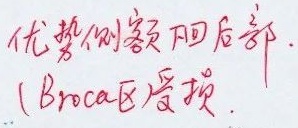
优势侧额下回后部。（Broca区受损）